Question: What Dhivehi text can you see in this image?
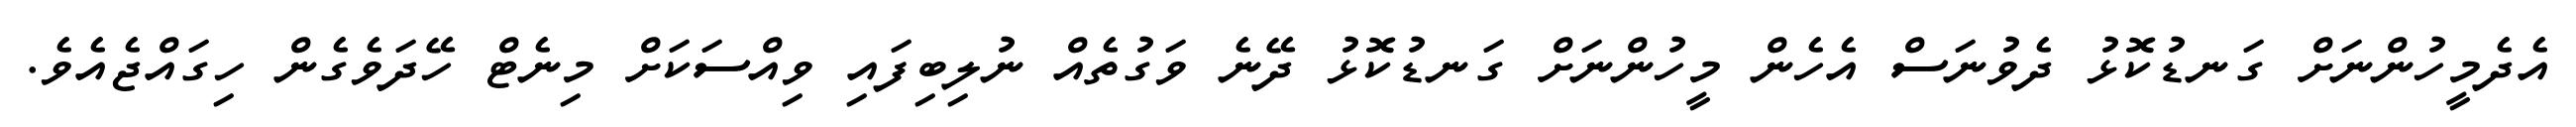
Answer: އެދެމީހުންނަށް ގަނޑުކޮޅު ދެވުނަސް އެހެން މީހުންނަށް ގަނޑުކޮޅު ދޭނެ ވަގުތެއް ނުލިބިފައި ވިއްސަކަށް މިނެޓް ހޭދަވެގެން ހިގައްޖެއެވެ.